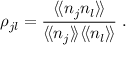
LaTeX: \rho _ { j l } = \frac { \langle \! \langle n _ { j } n _ { l } \rangle \! \rangle } { \langle \! \langle n _ { j } \rangle \! \rangle \langle \! \langle n _ { l } \rangle \! \rangle } \; .